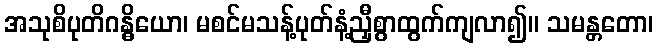
အသုစိပုတိဂန္ဓိယော၊ မစင်မသန့်ပုတ်နံ့ညှီစွာထွက်ကျလာ၍။ သမန္တတော၊